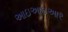
આઇઆઇઆર